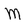
Character: M